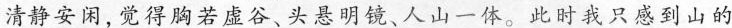
清静安闲，觉得胸若虚谷、头悬明镜、人山一体。此时我只感到山的